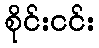
စိုင်းငင်း